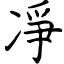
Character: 凈